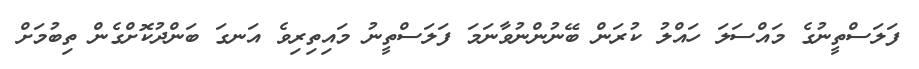
ފަލަސްތީނުގެ މައްސަލަ ހައްލު ކުރަން ބޭނުންނުވާނަމަ ފަލަސްތީނު މައިތިރިވެ އަނގަ ބަންދުކޮށްގެން ތިބުމަށް